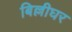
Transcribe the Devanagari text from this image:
बिल्लीघर